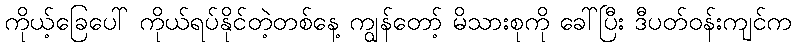
ကိုယ့်ခြေပေါ် ကိုယ်ရပ်နိုင်တဲ့တစ်နေ့ ကျွန်တော့် မိသားစုကို ခေါ်ပြီး ဒီပတ်ဝန်းကျင်က